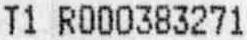
T1 R000383271